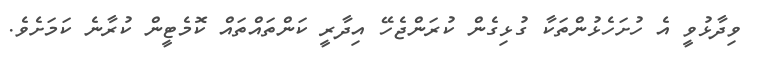
ވިދާޅުވީ އެ ހުށަހެޅުންތަކާ ގުޅިގެން ކުރަންޖެހޭ އިދާރީ ކަންތައްތައް ކޮމެޓީން ކުރާނެ ކަމަށެވެ.